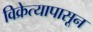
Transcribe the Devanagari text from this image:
विक्रेत्यापासून